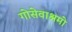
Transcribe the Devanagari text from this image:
गोसेवाश्रमो